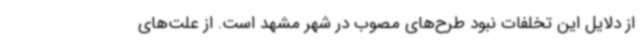
از دلایل این تخلفات نبود طرح‌های مصوب در شهر مشهد است. از علت‌های